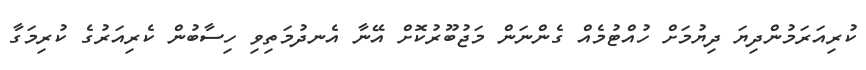
ކުރިއަރަމުންދިޔަ ދިޔުމަށް ހުއްޓުމެއް ގެންނަން މަޖުބޫރުކޮށް އޭނާ އެނދުމަތިވި ހިސާބުން ކެރިއަރުގެ ކުރިމަގާ